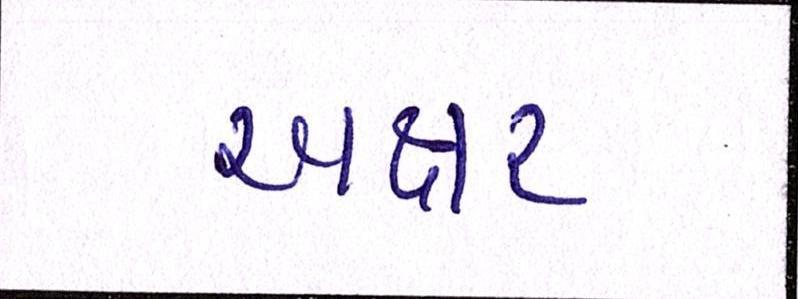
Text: અક્ષર